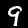
Digit: 9